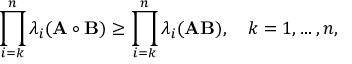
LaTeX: \prod _ { i = k } ^ { n } \lambda _ { i } ( \mathbf { A } \circ \mathbf { B } ) \geq \prod _ { i = k } ^ { n } \lambda _ { i } ( \mathbf { A } \mathbf { B } ) , \quad k = 1 , \ldots , n ,